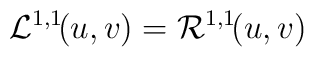
{\cal L}^{1,1}\!(u,v)={\cal R}^{1,1}\!(u,v)